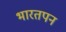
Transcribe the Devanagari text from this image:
भारतपन